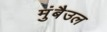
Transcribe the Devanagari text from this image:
मुंबैउल